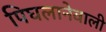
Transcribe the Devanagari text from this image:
पिघलानेवाली